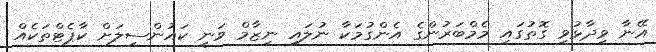
އޭނާ ވިދާޅުވި ގޮތުގައި މެމްބަރުންގެ އެންގުމަކާ ނުލައި ނިޒާމް ވަނީ ކައުންސިލަށް ކާޕެޓްތަކެއް